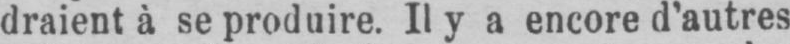
draient à se produire. Il y a encore d’autres